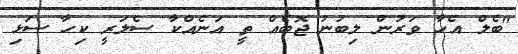
"ބެލް އެހާ ވަރުން ލިބުނު ޖޮބެއް ތީ އަނެއްކާ ސެލަރީ ކިހާ ސަޅި